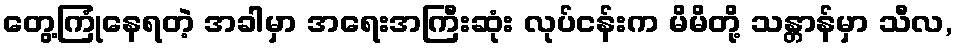
တွေ့ကြုံနေရတဲ့ အခါမှာ အရေးအကြီးဆုံး လုပ်ငန်းက မိမိတို့ သန္တာန်မှာ သီလ,